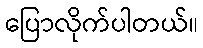
ပြောလိုက်ပါတယ်။